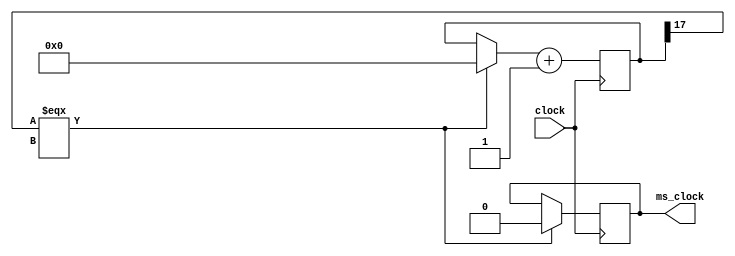
module ms_clock(clock, ms_clock);

	input clock;
	output ms_clock;
	reg ms_clock;
	reg [0:17] count;
	
	parameter speed_up = 500000;
	
	//Generate 100 Hz clock from a 50 MHz clock input
	always @ (posedge clock)
		begin
		  if (count[0:0] === 1'bx) // reset
		      begin
		          count = 0;
		          ms_clock = 1'b0;
		      end 
			count <= count + 1;
			if (count == speed_up)
				begin
					ms_clock <= ~ms_clock;
					count <= 0;
				end
		end
endmodule